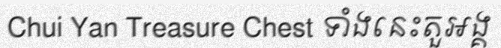
Chui Yan Treasure Chest ទាំងនេះតួអង្គ